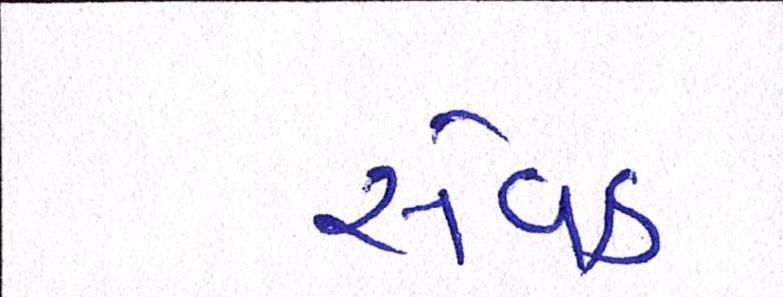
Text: સેવક